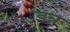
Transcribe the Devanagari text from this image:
डन्न